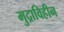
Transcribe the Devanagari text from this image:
मुद्राविहीन